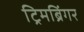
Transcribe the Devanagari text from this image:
ट्रिमब्रिंगर